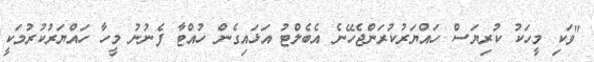
"ވަކި މީހަކު ކުރިޔަސް ހައްޔަރުކުރަންޖެހޭނެ އެބެލްޓު އަޅައިގެން ހުއްޓާ ފެނުނު މީހާ ހައްޔަރުކުރުމަކީ